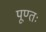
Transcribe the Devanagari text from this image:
पूण्तः